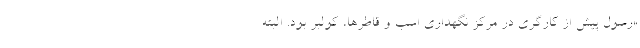
«رسول پیش از کارگری در مرکز نگهداری اسب و قاطرها، کولبر بود. البته